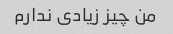
من چیز زیادی ندارم